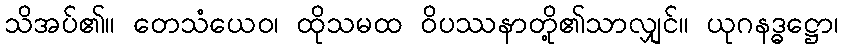
သိအပ်၏။ တေသံယေဝ၊ ထိုသမထ ဝိပဿနာတို့၏သာလျှင်။ ယုဂနဒ္ဓဋ္ဌော၊